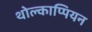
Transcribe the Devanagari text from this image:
थोल्काप्पियन